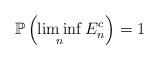
LaTeX: \begin{align*}\mathbb{P}\left(\liminf_n E^c_n\right) = 1\end{align*}